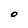
Character: O